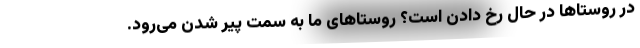
در روستاها در حال رخ دادن است؟ روستاهای ما به سمت پیر شدن می‌رود.